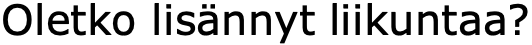
Oletko lisännyt liikuntaa?